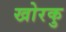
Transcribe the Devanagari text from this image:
खोरकु